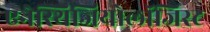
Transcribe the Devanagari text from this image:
एनेस्थिजियोलॉजिस्ट